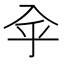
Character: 𠓧